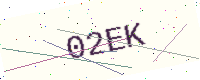
Text: 02EK